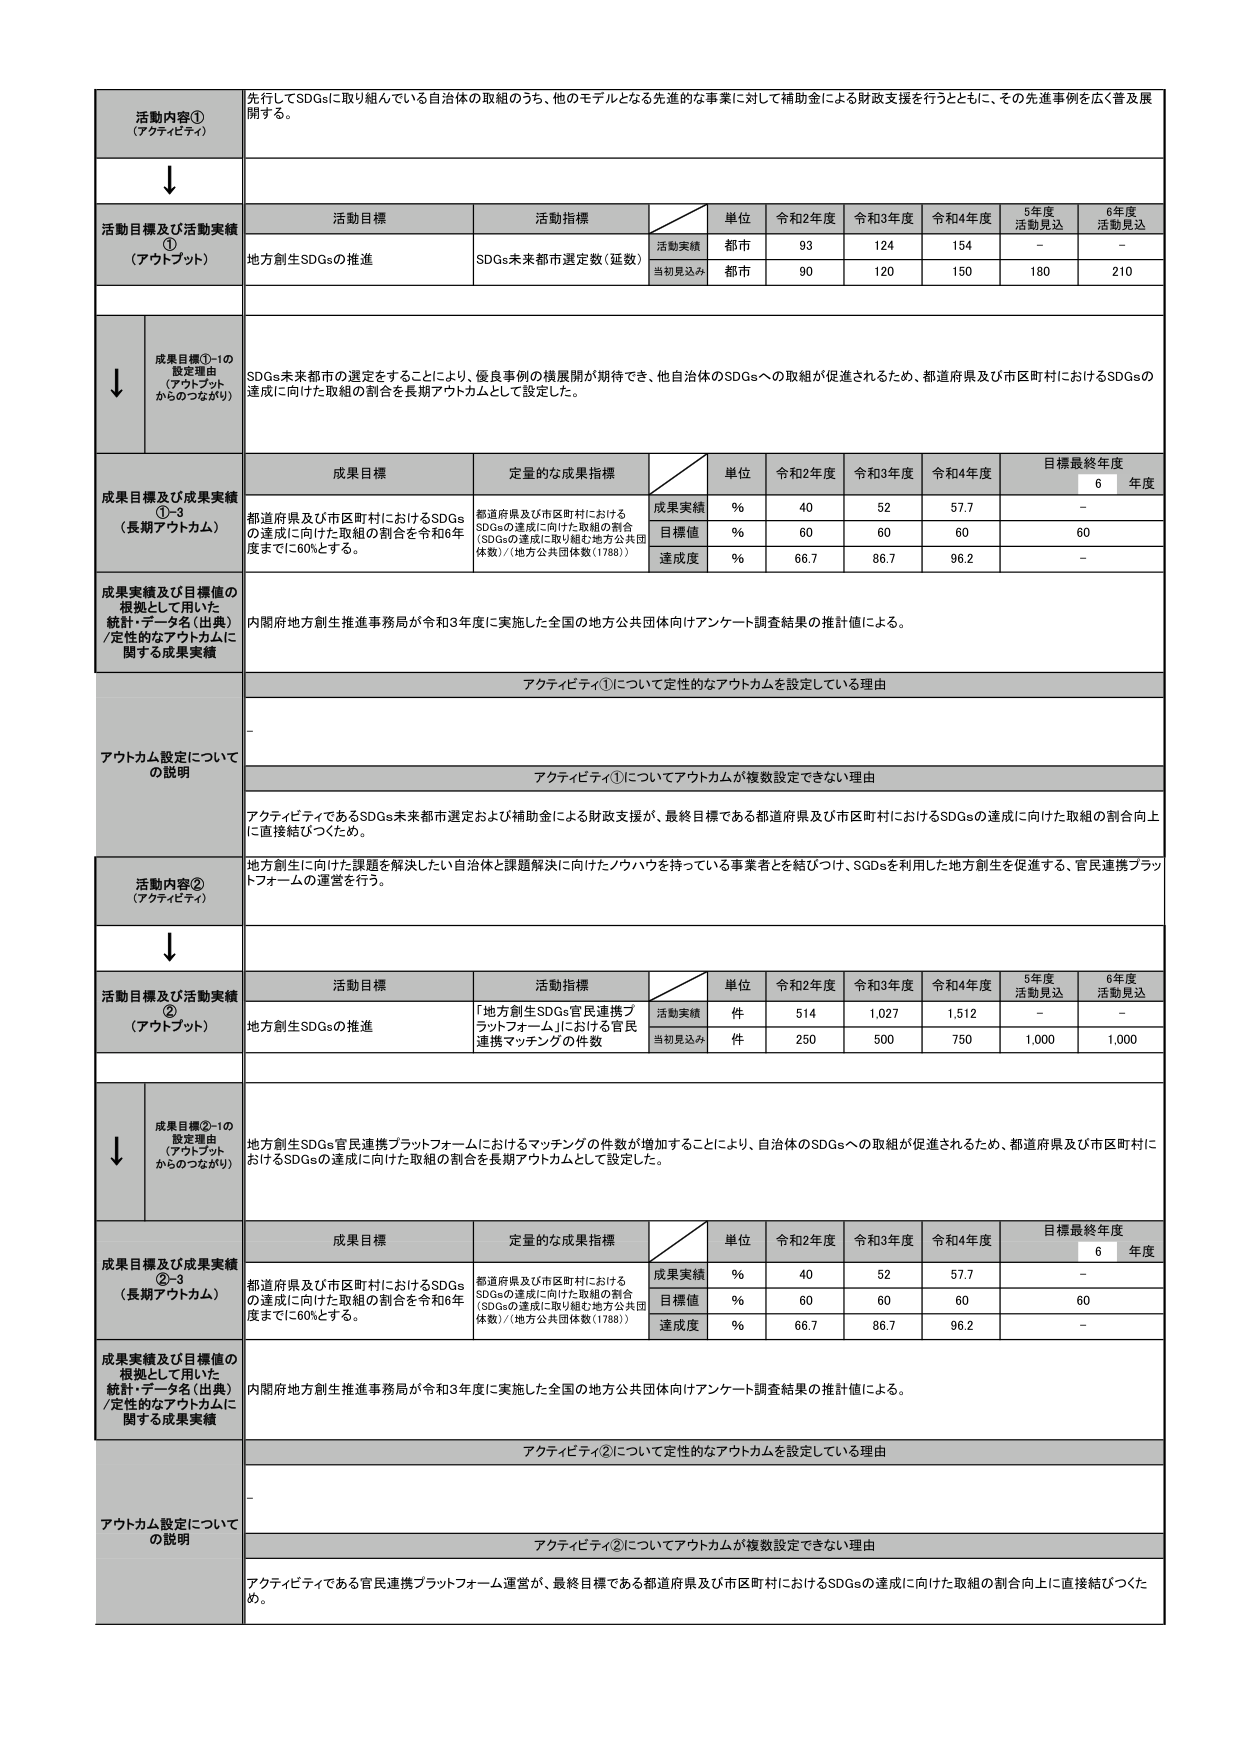
活動内容①
（アクティビティ）
先行してSDGsに取り組んでいる自治体の取組のうち、他のモデルとなる先進的な事業に対して補助金による財政支援を行うとともに、その先進事例を広く普及展開する。

↓

活動目標及び活動実績①
（アウトプット）
活動目標
活動指標
単位
令和2年度
令和3年度
令和4年度
5年度
活動見込
6年度
活動見込
地方創生SDGsの推進
SDGs未来都市選定数（延数）
活動実績
都市
93
124
154
－
－
当初見込み
都市
90
120
150
180
210

↓

成果目標①-1の
設定理由
（アウトプット
からつながり）
SDGs未来都市の選定をすることにより、優良事例の横展開が期待でき、他自治体のSDGsへの取組が促進されるため、都道府県及び市区町村におけるSDGsの達成に向けた取組の割合を長期アウトカムとして設定した。

成果目標及び成果実績①-3
（長期アウトカム）
成果目標
定量的な成果指標
単位
令和2年度
令和3年度
令和4年度
目標最終年度
6年度
都道府県及び市区町村におけるSDGsの達成に向けた取組の割合を令和6年度までに60%とする。
都道府県及び市区町村におけるSDGsの達成に向けた取組の割合
（SDGsの達成に取り組む地方公共団体数）/（地方公共団体数（1780））
成果実績
%
40
52
57.7
－
目標値
%
60
60
60
60
達成度
%
66.7
86.7
96.2
－

成果実績及び目標値の
根拠として用いた
統計・データ名（出典）
/定性的なアウトカムに
関する成果実績
内閣府地方創生推進事務局が令和3年度に実施した全国の地方公共団体向けアンケート調査結果の推計値による。

アウトカム設定について
の説明
アクティビティ①について定性的なアウトカムを設定している理由
－
アクティビティ①についてアウトカムが複数設定できない理由
アクティビティであるSDGs未来都市選定および補助金による財政支援が、最終目標である都道府県及び市区町村におけるSDGsの達成に向けた取組の割合向上に直接結びつくため。

活動内容②
（アクティビティ）
地方創生に向けた課題を解決したい自治体と課題解決に向けたノウハウを持っている事業者とを結びつけ、SDGsを利用した地方創生を促進する、官民連携プラットフォームの運営を行う。

↓

活動目標及び活動実績②
（アウトプット）
活動目標
活動指標
単位
令和2年度
令和3年度
令和4年度
5年度
活動見込
6年度
活動見込
地方創生SDGsの推進
「地方創生SDGs官民連携プラットフォーム」における官民連携マッチングの件数
活動実績
件
514
1,027
1,512
－
－
当初見込み
件
250
500
750
1,000
1,000

↓

成果目標②-1の
設定理由
（アウトプット
からつながり）
地方創生SDGs官民連携プラットフォームにおけるマッチングの件数が増加することにより、自治体のSDGsへの取組が促進されるため、都道府県及び市区町村におけるSDGsの達成に向けた取組の割合を長期アウトカムとして設定した。

成果目標及び成果実績②-3
（長期アウトカム）
成果目標
定量的な成果指標
単位
令和2年度
令和3年度
令和4年度
目標最終年度
6年度
都道府県及び市区町村におけるSDGsの達成に向けた取組の割合を令和6年度までに60%とする。
都道府県及び市区町村におけるSDGsの達成に向けた取組の割合
（SDGsの達成に取り組む地方公共団体数）/（地方公共団体数（1780））
成果実績
%
40
52
57.7
－
目標値
%
60
60
60
60
達成度
%
66.7
86.7
96.2
－

成果実績及び目標値の
根拠として用いた
統計・データ名（出典）
/定性的なアウトカムに
関する成果実績
内閣府地方創生推進事務局が令和3年度に実施した全国の地方公共団体向けアンケート調査結果の推計値による。

アウトカム設定について
の説明
アクティビティ②について定性的なアウトカムを設定している理由
－
アクティビティ②についてアウトカムが複数設定できない理由
アクティビティである官民連携プラットフォーム運営が、最終目標である都道府県及び市区町村におけるSDGsの達成に向けた取組の割合向上に直接結びつくため。